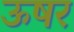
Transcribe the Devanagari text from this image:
ऊषर